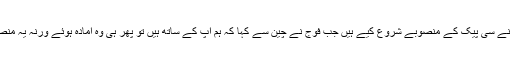
راحیل شریف اور ان کی ٹیم کی وجہ سے چین نے سی پیک کے منصوبے شروع کیے ہیں جب فوج نے چین سے کہا کہ ہم آپ کے ساتھ ہیں تو پھر ہی وہ آمادہ ہوئے ورنہ یہ منصوبے آصف زرداری کے دور میں بھی تھے ۔